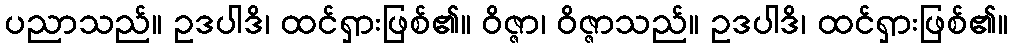
ပညာသည်။ ဥဒပါဒိ၊ ထင်ရှားဖြစ်၏။ ဝိဇ္ဇာ၊ ဝိဇ္ဇာသည်။ ဥဒပါဒိ၊ ထင်ရှားဖြစ်၏။